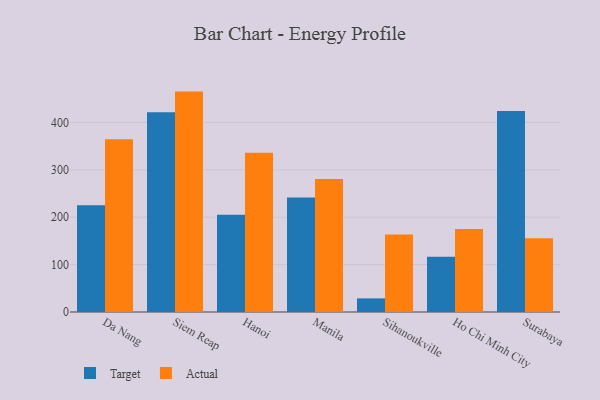
{"axis": {"x": "City", "y": "Bounce Rate (%)"}, "legend": ["Actual", "Target"], "data": [{"x": "Da Nang", "y": 225.2, "type": "Target"}, {"x": "Da Nang", "y": 364.3, "type": "Actual"}, {"x": "Siem Reap", "y": 421.5, "type": "Target"}, {"x": "Siem Reap", "y": 465.1, "type": "Actual"}, {"x": "Hanoi", "y": 205.1, "type": "Target"}, {"x": "Hanoi", "y": 335.9, "type": "Actual"}, {"x": "Manila", "y": 241.5, "type": "Target"}, {"x": "Manila", "y": 280.5, "type": "Actual"}, {"x": "Sihanoukville", "y": 28.7, "type": "Target"}, {"x": "Sihanoukville", "y": 163.6, "type": "Actual"}, {"x": "Ho Chi Minh City", "y": 116.5, "type": "Target"}, {"x": "Ho Chi Minh City", "y": 174.9, "type": "Actual"}, {"x": "Surabaya", "y": 424.3, "type": "Target"}, {"x": "Surabaya", "y": 155.7, "type": "Actual"}]}